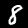
Digit: 8